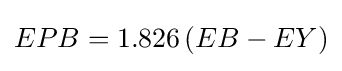
{\begin{aligned}EPB=1.826\,(EB-EY)\end{aligned}}